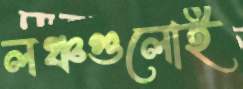
লঞ্চগুলোই